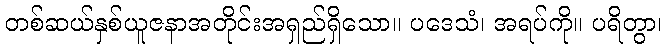
တစ်ဆယ်နှစ်ယူဇနာအတိုင်းအရှည်ရှိသော။ ပဒေသံ၊ အရပ်ကို။ ပရိတွာ၊